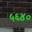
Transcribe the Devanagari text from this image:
५६४०